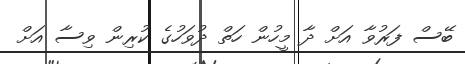
ބޭސް ފަރުވާ އަށް ދާ މީހުން ހަތް ދުވަހުގެ ކުރިން ވިސާ އަށް